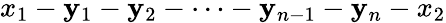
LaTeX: x_{1}-\mathbf{y}_{1}-\mathbf{y}_{2}-\dots-\mathbf{y}_{n-1}-\mathbf{y}_{n}-x_{2}